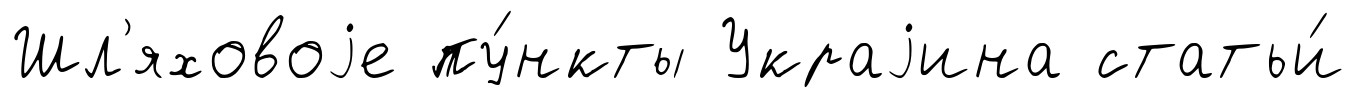
Шл'яховоjе пу́нкты Украjина статьи́